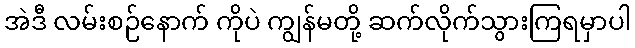
အဲဒီ လမ်းစဉ်နောက် ကိုပဲ ကျွန်မတို့ ဆက်လိုက်သွားကြရမှာပါ